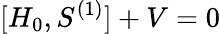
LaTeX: [H_{0},S^{(1)}]+V=0